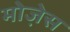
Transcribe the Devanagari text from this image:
मोजे़स